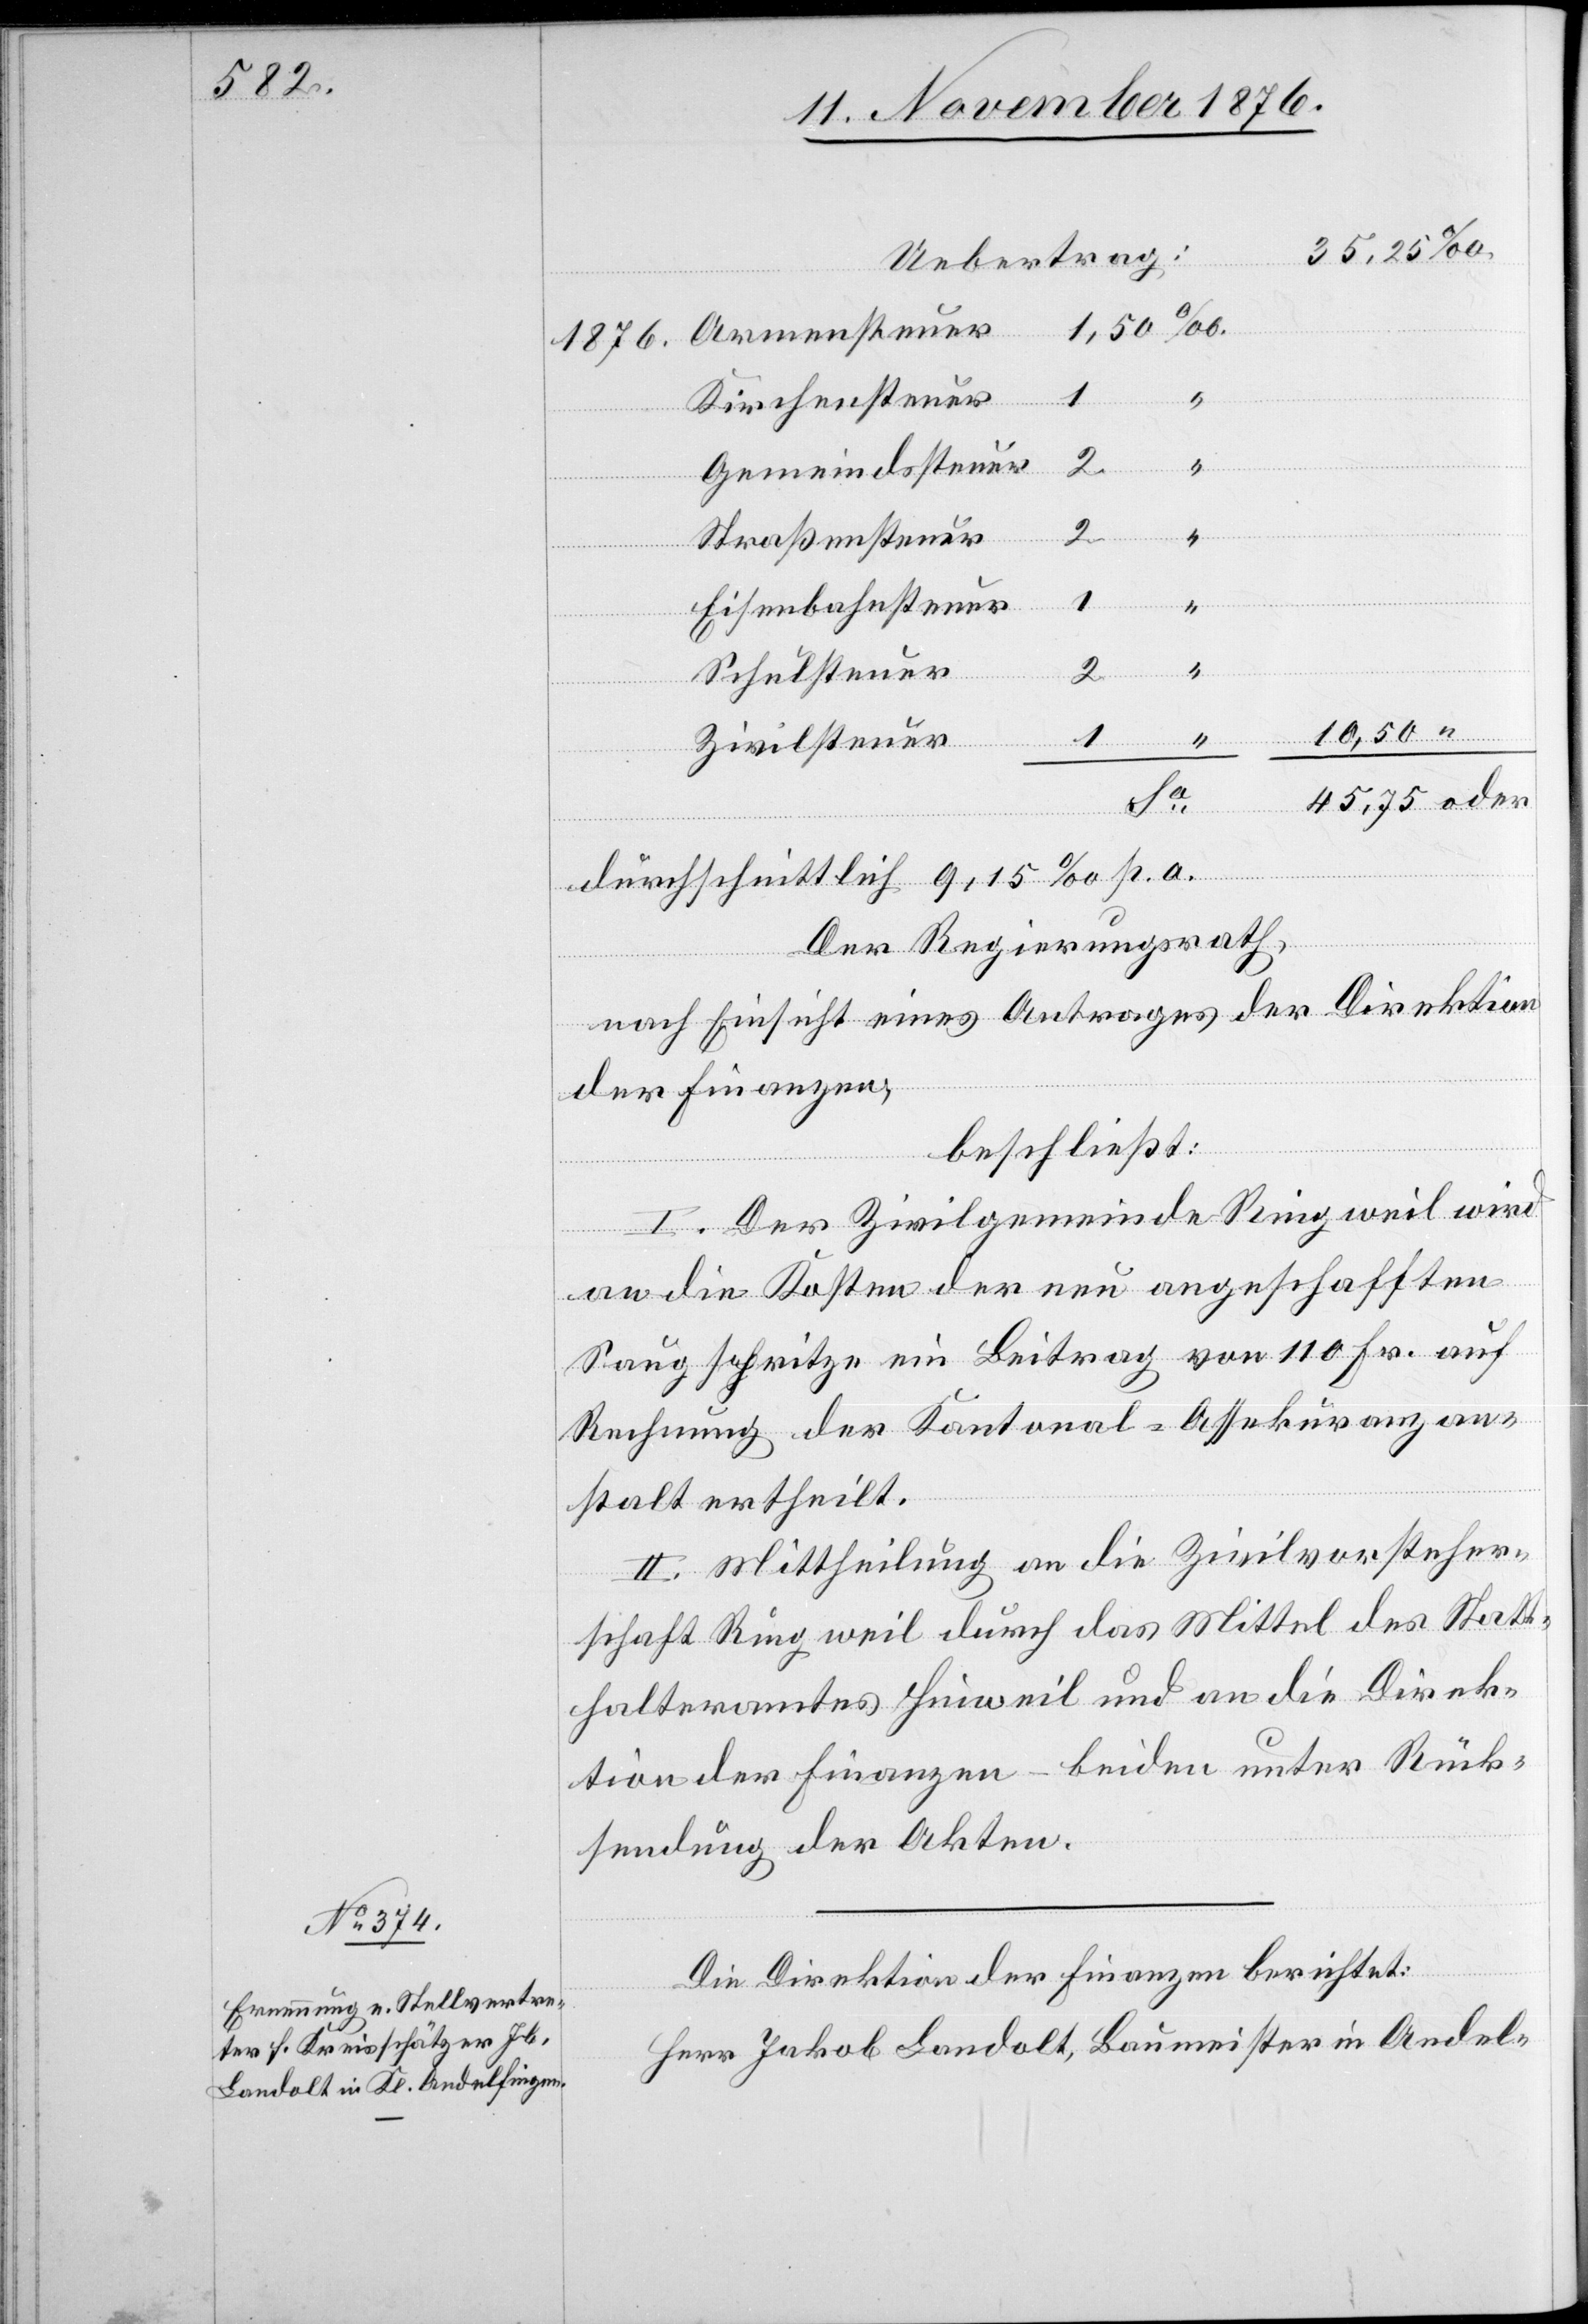
1,
50
Kirchensteuer
“
Gemeindssteuer
nsteuer
2
Straßensteuer
1
oder
2
Eisenbahnsteuer
Schulsteuer
2
Zivilsteuer
durchschnittlich 9,15 ‰ p. a.
Der Regierungsrath,
nach Einsicht eines Antrages der Direktion
der Finanzen,
beschließt:
I. Der Zivilgemeinde Ringweil wird
an die Kosten der neu angeschafften
Saugspritze ein Beitrag von 110 Fr. auf
Rechnung der Kantonal-Assekuranzan¬
stalt ertheilt.
II. Mittheilung an die Zivilvorsteher¬
schaft Ringweil durch das Mittel des Statt¬
halteramtes Hinweil und an die Direk¬
tion der Finanzen – beiden unter Rück¬
sendung der Akten.
Die Direktion der Finanzen berichtet:
Herr Jakob Landolt, Baumeister in Andel-